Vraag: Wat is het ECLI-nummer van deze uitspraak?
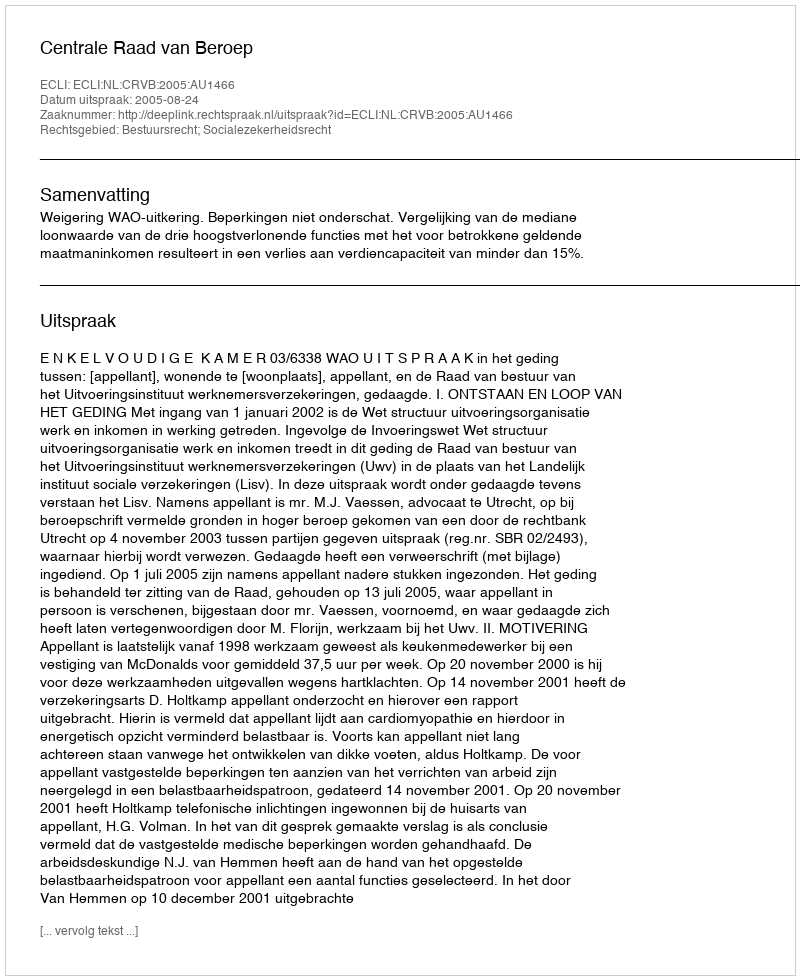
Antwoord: ECLI:NL:CRVB:2005:AU1466